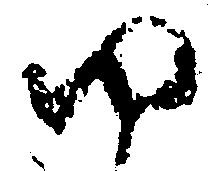
ゆ